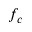
f _ { c }